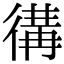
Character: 𢔵